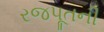
રજપૂતની